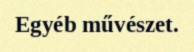
Egyéb művészet.